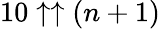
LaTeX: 10\uparrow\uparrow(n+1)